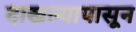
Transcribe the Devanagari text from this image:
दाखल्यापासून